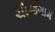
ચીજગામ